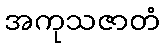
အကုသဇာတံ